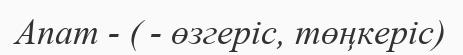
Апат - ( - өзгеріс, төңкеріс)